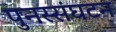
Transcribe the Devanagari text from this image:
पुनस्संघटन